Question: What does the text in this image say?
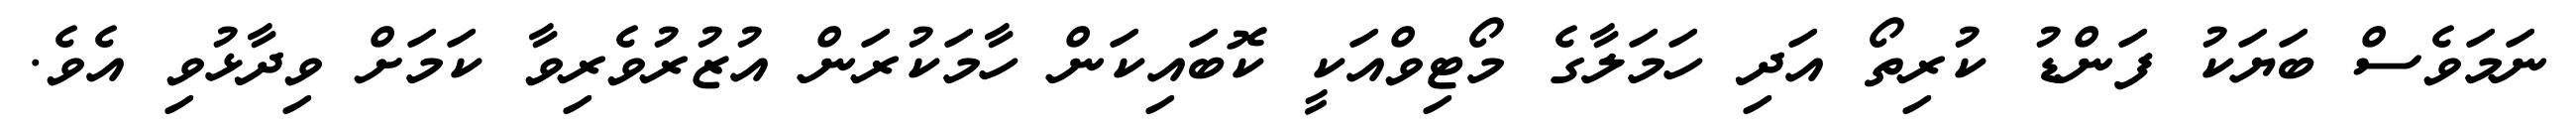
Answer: ނަމަވެސް ބަޔަކު ފަންޑު ކުރިތޯ އަދި ހަމަލާގެ މޯޓިވްއަކީ ކޮބައިކަން ހާމަކުރަން އުޒުރުވެރިވާ ކަމަށް ވިދާޅުވި އެވެ.